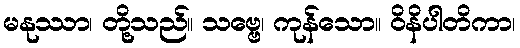
မနုဿာ၊ တို့သည်။ သဗ္ဗေ၊ ကုန်သော။ ဝိနိပါတိကာ၊